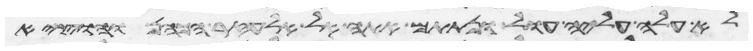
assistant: לא עלה עליה עול ונתתם אתה אל אלעזר הכהן והוציא